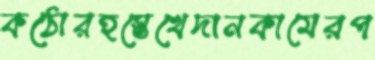
কঠোরহস্তেখেদানকামেরপ